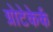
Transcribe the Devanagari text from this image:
ग्रोटेकेर्क